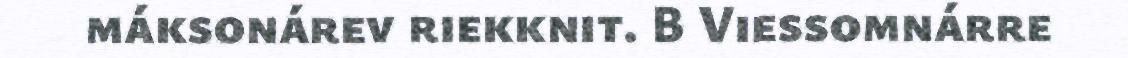
máksonárev riekknit. B Viessomnárre